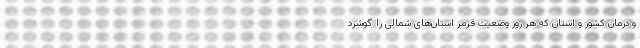
و درمان کشور و استان که هر روز وضعیت قرمز استان‌های شمالی را گوشزد